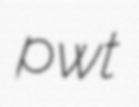
pwt